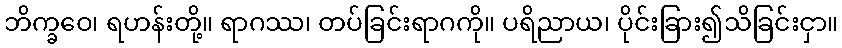
ဘိက္ခဝေ၊ ရဟန်းတို့။ ရာဂဿ၊ တပ်ခြင်းရာဂကို။ ပရိညာယ၊ ပိုင်းခြား၍သိခြင်းငှာ။